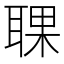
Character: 𦖍